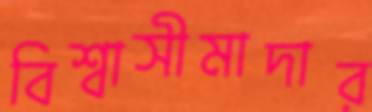
বিশ্বাসীমাদার